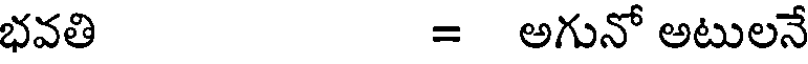
భవతి = అగునో అటులనే